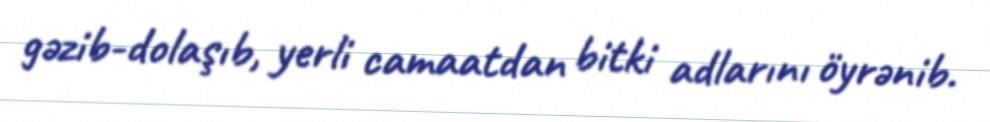
gəzib-dolaşıb, yerli camaatdan bitki adlarını öyrənib.